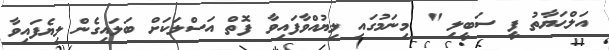
އަލްޙަޔާތު ފީ ސަބީލި " މިނަމުގައި ލިޔުއްވާފައިވާ ފޮތް އަސްލަކަށް ބަލައިގެން ލިޔެފައިވާ